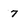
Character: 7